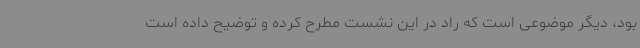
بود، دیگر موضوعی است که راد در این نشست مطرح کرده و توضیح داده است